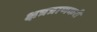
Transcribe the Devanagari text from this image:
क्षत्रत्राणकरी